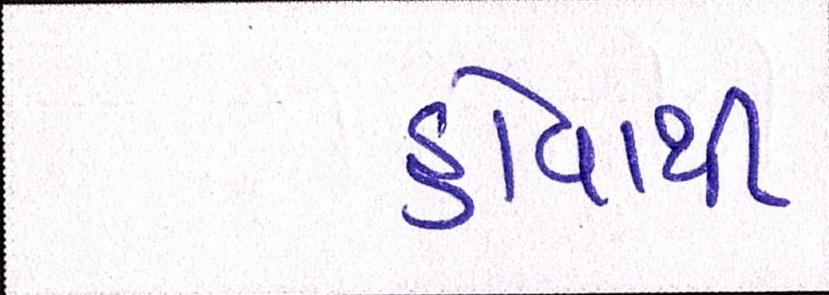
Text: હોવાથી